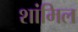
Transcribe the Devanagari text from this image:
शांमिल